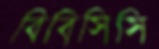
বিবিসিসি